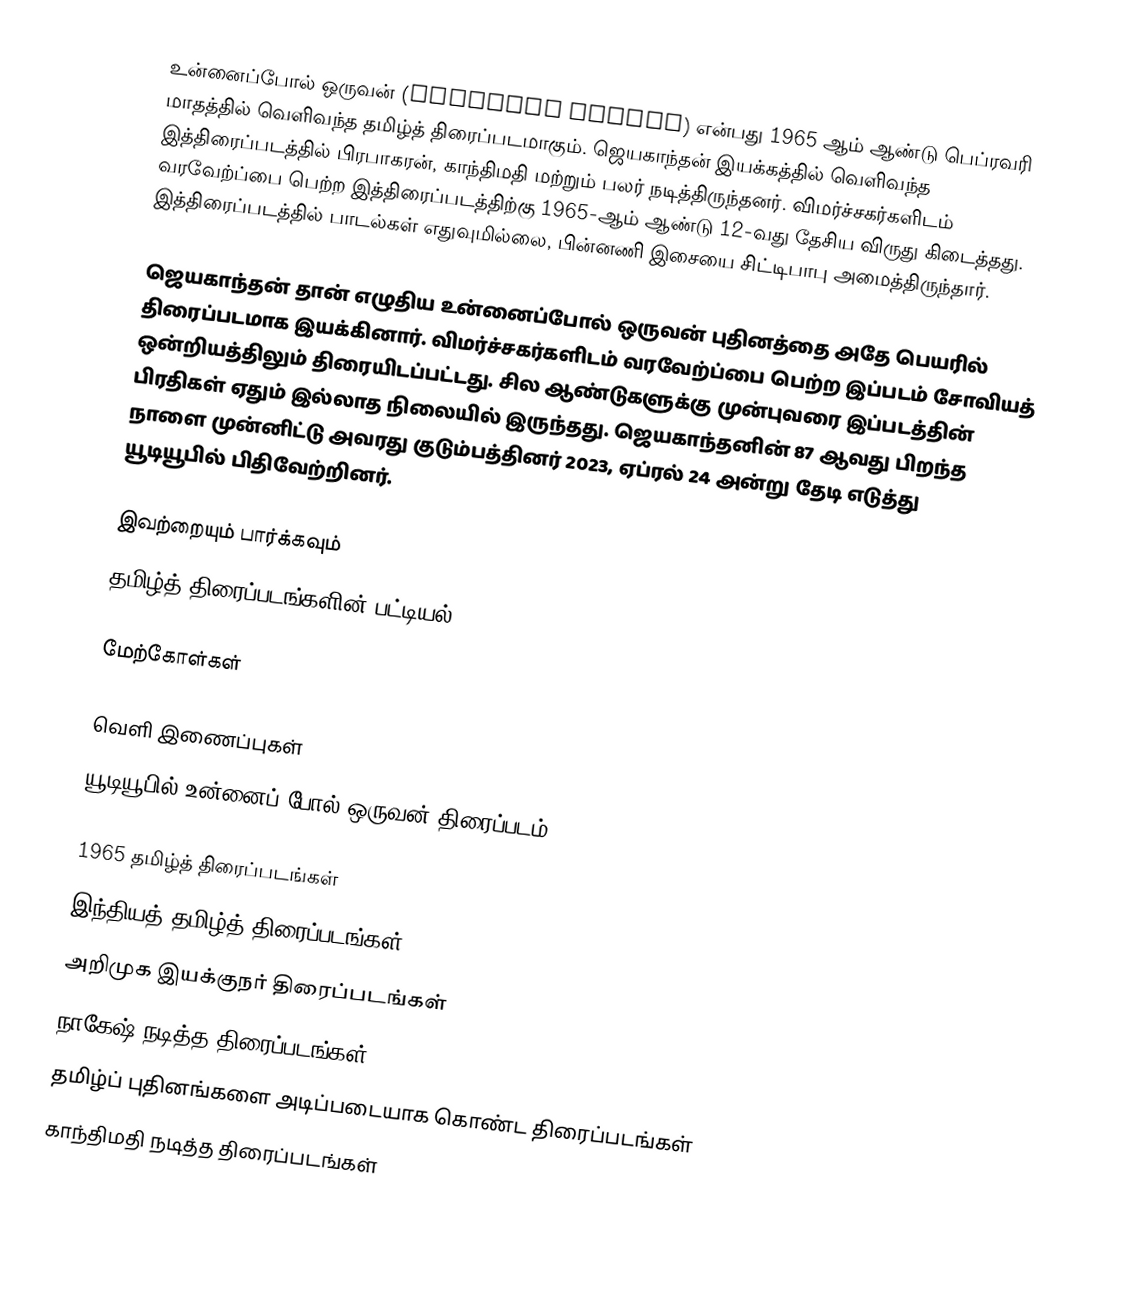
உன்னைப்போல் ஒருவன் (Unnaipol Oruvan) என்பது 1965 ஆம் ஆண்டு பெப்ரவரி மாதத்தில் வெளிவந்த தமிழ்த் திரைப்படமாகும். ஜெயகாந்தன்  இயக்கத்தில் வெளிவந்த இத்திரைப்படத்தில் பிரபாகரன், காந்திமதி மற்றும் பலர் நடித்திருந்தனர். விமர்ச்சகர்களிடம் வரவேற்ப்பை பெற்ற இத்திரைப்படத்திற்கு 1965-ஆம் ஆண்டு 12-வது தேசிய விருது கிடைத்தது. இத்திரைப்படத்தில் பாடல்கள் எதுவுமில்லை, பின்னணி இசையை சிட்டிபாபு அமைத்திருந்தார்.

ஜெயகாந்தன் தான் எழுதிய உன்னைப்போல் ஒருவன் புதினத்தை அதே பெயரில் திரைப்படமாக இயக்கினார். விமர்ச்சகர்களிடம் வரவேற்ப்பை பெற்ற இப்படம் சோவியத் ஒன்றியத்திலும் திரையிடப்பட்டது. சில ஆண்டுகளுக்கு முன்புவரை இப்படத்தின் பிரதிகள் ஏதும் இல்லாத நிலையில் இருந்தது. ஜெயகாந்தனின் 87 ஆவது பிறந்த நாளை முன்னிட்டு அவரது குடும்பத்தினர் 2023, ஏப்ரல் 24 அன்று தேடி எடுத்து யூடியூபில் பிதிவேற்றினர்.

இவற்றையும் பார்க்கவும்
 தமிழ்த் திரைப்படங்களின் பட்டியல், 1965

மேற்கோள்கள்

வெளி இணைப்புகள்
யூடியூபில் உன்னைப் போல் ஒருவன் திரைப்படம்.

1965 தமிழ்த் திரைப்படங்கள்
இந்தியத் தமிழ்த் திரைப்படங்கள்
அறிமுக இயக்குநர் திரைப்படங்கள்
நாகேஷ் நடித்த திரைப்படங்கள்
தமிழ்ப் புதினங்களை அடிப்படையாக கொண்ட திரைப்படங்கள்
காந்திமதி நடித்த திரைப்படங்கள்